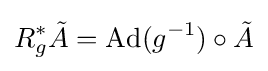
R_{g}^{*}{\tilde {A}}={\text{Ad}}(g^{-1})\circ {\tilde {A}}